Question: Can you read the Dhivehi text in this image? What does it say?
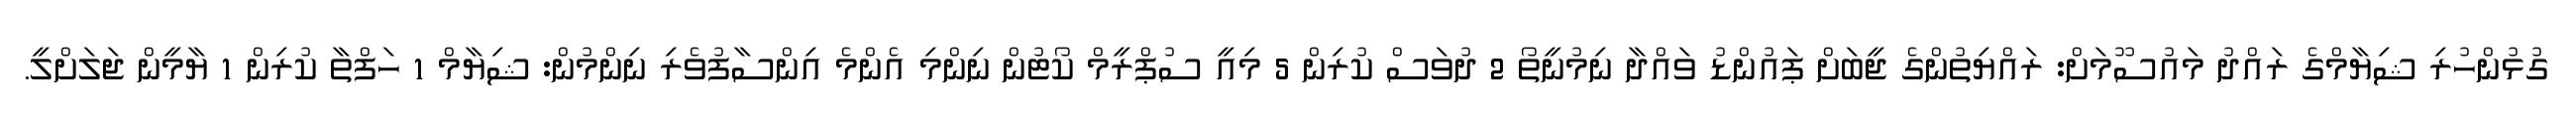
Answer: ގުޅުންހުރި ޝިޔާމްގެ ރައްދު މައުސޫމަށް: ރައްޔިތުންގެ ޖީބަށް ޕައުންޑު ވައްދާ ނިމުނީތޯ 2 ދުވަސް ކުރިން 5 މިއީ ސުޕްރީމް ކޯޓުން ނިންމި އެންމެ އިންސާފުވެރި ނިންމުން: ޝިޔާމް 1 ހަފްތާ ކުރިން 1 ޔާމީން ޖަލަށްލީ.